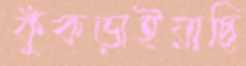
কুঁকড়াইয়াছি